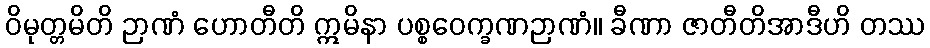
ဝိမုတ္တမိတိ ဉာဏံ ဟောတီတိ ဣမိနာ ပစ္စဝေက္ခဏဉာဏံ။ ခီဏာ ဇာတီတိအာဒီဟိ တဿ